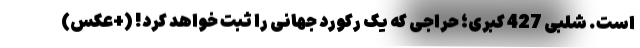
است. شلبی 427 کبری؛ حراجی که یک رکورد جهانی را ثبت خواهد کرد! (+عکس)